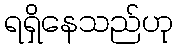
ရရှိနေသည်ဟု